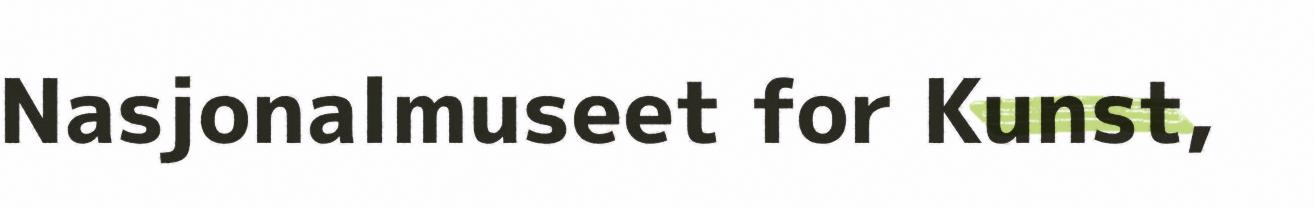
Nasjonalmuseet for Kunst,